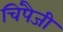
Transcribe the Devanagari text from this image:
चिंपैजी